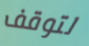
لتوقف